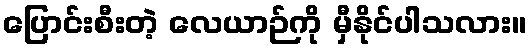
ပြောင်းစီးတဲ့ လေယာဉ်ကို မှီနိုင်ပါသလား။